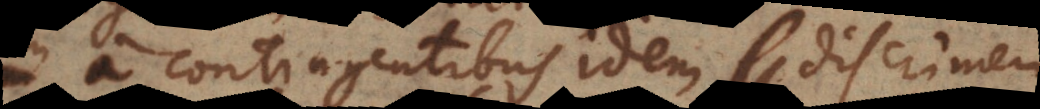
a contingentibus idem discrimen